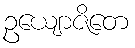
ဥယျောဇိတေ